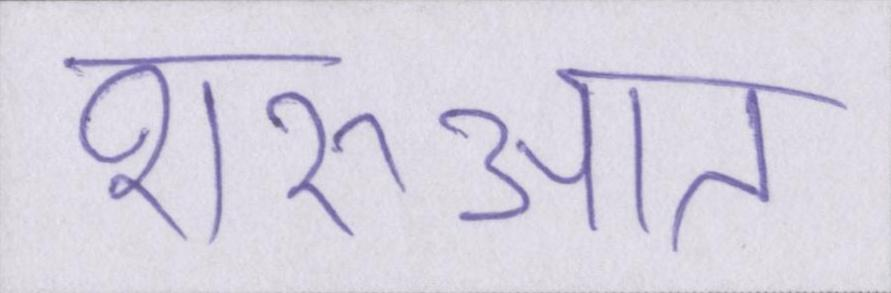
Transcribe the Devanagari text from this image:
शरुआत